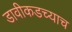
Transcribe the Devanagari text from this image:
डावीकडच्याच